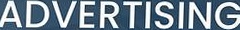
ADVERTISING